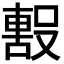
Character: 𭮼